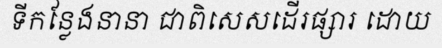
ទីកន្លែងនានា ជាពិសេសដើរផ្សារ ដោយ